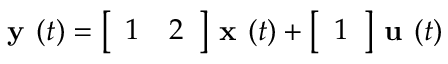
{ \textbf { y } } ( t ) = { \left[ \begin{array} { l l } { 1 } & { 2 } \end{array} \right] } { \textbf { x } } ( t ) + { \left[ \begin{array} { l } { 1 } \end{array} \right] } { \textbf { u } } ( t )